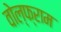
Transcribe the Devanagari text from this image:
वोल्फ्राम